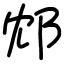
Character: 邥